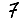
Digit: 7